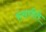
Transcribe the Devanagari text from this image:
हंसगीते